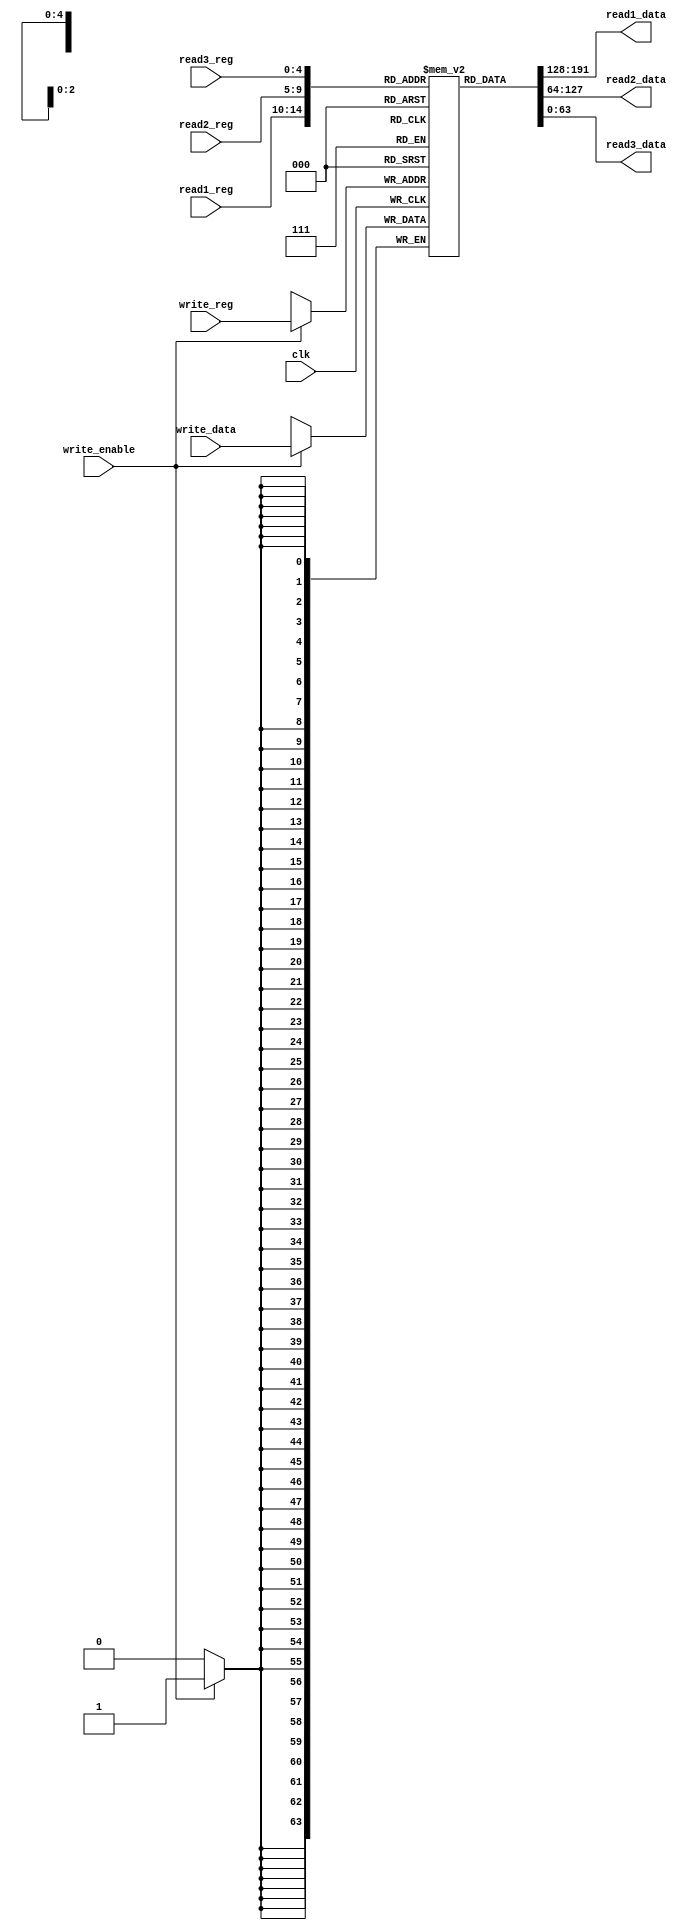
module register_file(
    input wire clk,
    input wire write_enable,
    input wire [63:0] write_data,
    input wire [4:0] write_reg,
    input wire [4:0] read1_reg,
    input wire [4:0] read2_reg,
    input wire [4:0] read3_reg,
    output reg [63:0] read1_data,
    output reg [63:0] read2_data,
    output reg [63:0] read3_data
    );

    reg [63:0] registers[0:31];

    always @(posedge clk) begin
      if (write_enable == 1'b1) begin
        registers[write_reg] <= write_data;
      end
    end

    always @(all) begin
      read1_data <= registers[read1_reg];
      read2_data <= registers[read2_reg];
      read3_data <= registers[read3_reg];
    end
endmodule